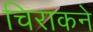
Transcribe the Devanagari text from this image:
चिराकने